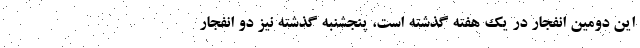
این دومین انفجار در یک هفته گذشته است، پنجشنبه گذشته نیز دو انفجار